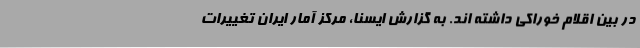
در بین اقلام خوراکی داشته اند. به گزارش ایسنا، مرکز آمار ایران تغییرات